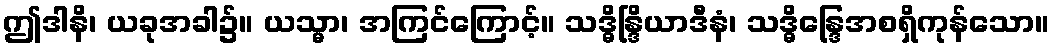
ဤဒါနိ၊ ယခုအခါ၌။ ယသ္မာ၊ အကြင်ကြောင့်။ သဒ္ဓိန္ဒြိယာဒီနံ၊ သဒ္ဓိန္ဒြေအစရှိကုန်သော။